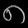
Digit: ၈